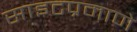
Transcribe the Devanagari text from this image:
साइटप्रमाणे